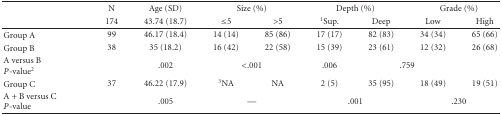
<table><thead><tr><td></td><td><b>N</b></td><td><b>Age (SD)</b></td><td colspan="2"><b>Size (%)</b></td><td colspan="2"><b>Depth (%)</b></td><td colspan="3"><b>Grade (%)</b></td></tr><tr><td></td><td><b>174</b></td><td><b>43.74 (18.7)</b></td><td><b> ≤5</b></td><td><b> &gt;5</b></td><td><b><sup>1</sup>Sup.</b></td><td><b>Deep</b></td><td><b>Low</b></td><td colspan="2"><b>High</b></td></tr></thead><tbody><tr><td>Group A</td><td>99</td><td>46.17 (18.4)</td><td>14 (14)</td><td>85 (86)</td><td>17 (17)</td><td>82 (83)</td><td>34 (34)</td><td colspan="2">65 (66)</td></tr><tr><td>Group B</td><td>38</td><td>35 (18.2)</td><td>16 (42)</td><td>22 (58)</td><td>15 (39)</td><td>23 (61)</td><td>12 (32)</td><td colspan="2">26 (68)</td></tr><tr><td>A versus B <i>P</i>-value<sup>2</sup></td><td></td><td>.002</td><td colspan="2"> &lt;.001</td><td>.006</td><td colspan="3">.759</td></tr><tr><td>Group C</td><td>37</td><td>46.22 (17.9)</td><td><sup>3</sup>NA</td><td>NA</td><td>2 (5)</td><td>35 (95)</td><td>18 (49)</td><td colspan="2">19 (51)</td></tr><tr><td>A + B versus C <i>P</i>-value</td><td></td><td>.005</td><td colspan="2">—</td><td colspan="2">.001</td><td colspan="3">.230</td></tr></tbody></table>